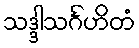
သဒ္ဒါသင်္ဂဟိတံ